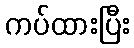
ကပ်ထားပြီး